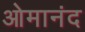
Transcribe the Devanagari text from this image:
ओमानंद